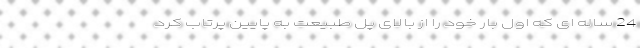
24 ساله ای که اول بار خود را از بالای پل طبیعت به پایین پرتاب کرد